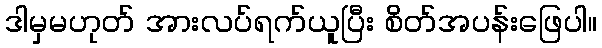
ဒါမှမဟုတ် အားလပ်ရက်ယူပြီး စိတ်အပန်းဖြေပါ။